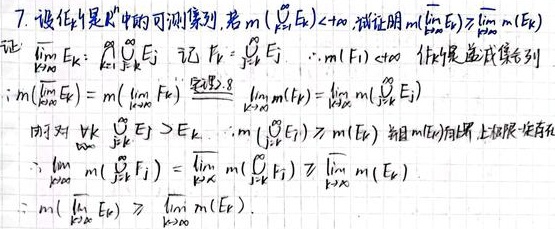
7. 设\(\{E_k\}\)是\(\mathbb{R}^n\)中的可测集列, 若\(m(\bigcup_{k = 1}^{\infty}E_k)<+\infty\), 试证明\(m(\varliminf_{k\rightarrow\infty}E_k)\geq\varliminf_{k\rightarrow\infty}m(E_k)\).

证: \(\varliminf_{k\rightarrow\infty}E_k=\bigcup_{k = 1}^{\infty}\bigcap_{j = k}^{\infty}E_j\). 记\(F_k=\bigcap_{j = k}^{\infty}E_j\). 则\(\{F_k\}\)是递增集列且 \(m(F_1)<+\infty\) (因为 \(m(\bigcup_{k = 1}^{\infty}E_k)<+\infty\)).

\(m(\varliminf_{k\rightarrow\infty}E_k)=m(\lim_{k\rightarrow\infty}F_k)\overset{定理3.8}{=}\lim_{k\rightarrow\infty}m(F_k)=\lim_{k\rightarrow\infty}m(\bigcap_{j = k}^{\infty}E_j)\).

因为对\(\forall k\), \(\bigcap_{j = k}^{\infty}E_j\subset E_k\), 所以\(m(\bigcap_{j = k}^{\infty}E_j)\leq m(E_k)\). 由数列\(\{m(E_k)\}\)的下极限定义有:

\(\lim_{k\rightarrow\infty}m(\bigcap_{j = k}^{\infty}E_j)=\varliminf_{k\rightarrow\infty}m(\bigcap_{j = k}^{\infty}E_j)\geq\varliminf_{k\rightarrow\infty}m(E_k)\).

即\(m(\varliminf_{k\rightarrow\infty}E_k)\geq\varliminf_{k\rightarrow\infty}m(E_k)\).